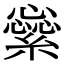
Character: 繠